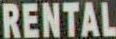
RENTAL